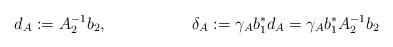
LaTeX: \begin{align*} d_A &:= A_2^{-1} b_2, & \delta_A &:= \gamma_A b_1^* d_A = \gamma_A b_1^* A_2^{-1} b_2\end{align*}